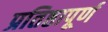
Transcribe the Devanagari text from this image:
प्रतिष्ठापूर्ण